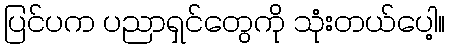
ပြင်ပက ပညာရှင်တွေကို သုံးတယ်ပေါ့။